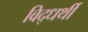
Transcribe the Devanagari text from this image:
विद्धर्थी